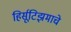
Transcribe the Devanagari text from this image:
हिर्सूटिझमाचे